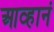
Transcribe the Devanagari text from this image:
आव्हानं